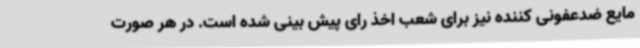
مایع ضدعفونی کننده نیز برای شعب اخذ رای پیش بینی شده است. در هر صورت